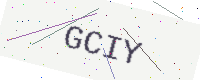
Text: GCIY